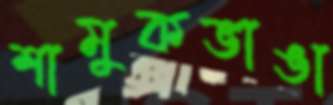
শামুকভাঙা